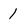
Character: 1